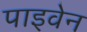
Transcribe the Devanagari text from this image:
पाइवेन